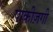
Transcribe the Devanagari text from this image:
पाकीज़गी